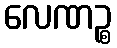
လေဏဉ္စ